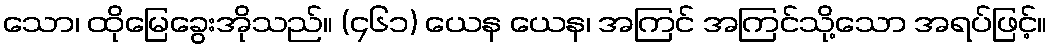
သော၊ ထိုမြေခွေးအိုသည်။ (၄၆၁) ယေန ယေန၊ အကြင် အကြင်သို့သော အရပ်ဖြင့်။